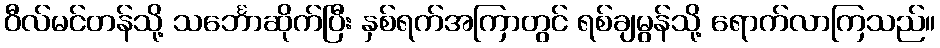
ဝီလ်မင်တန်သို့ သင်္ဘောဆိုက်ပြီး နှစ်ရက်အကြာတွင် ရစ်ချမွန်သို့ ရောက်လာကြသည်။